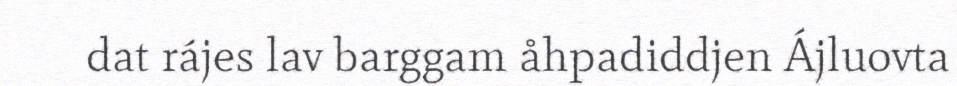
dat rájes lav barggam åhpadiddjen Ájluovta